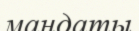
мандаты